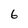
Character: 6